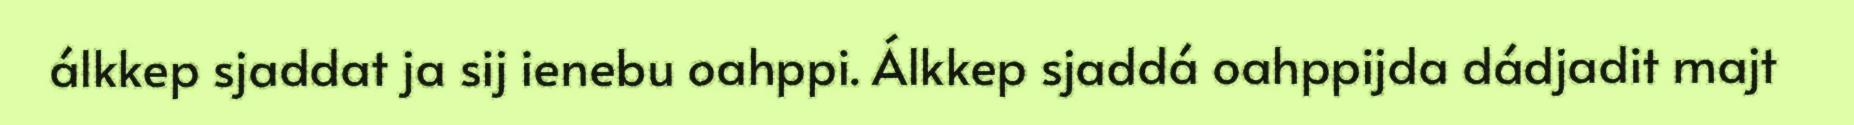
álkkep sjaddat ja sij ienebu oahppi. Álkkep sjaddá oahppijda dádjadit majt